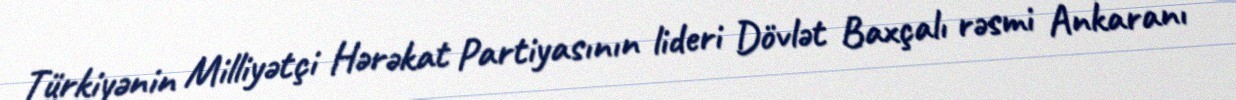
Türkiyənin Milliyətçi Hərəkat Partiyasının lideri Dövlət Baxçalı rəsmi Ankaranı